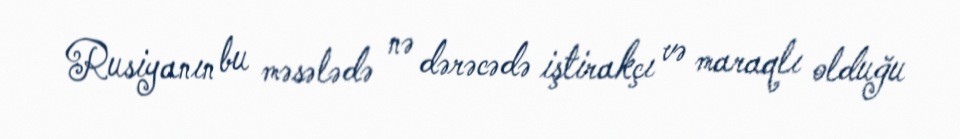
Rusiyanın bu məsələdə nə dərəcədə iştirakçı və maraqlı olduğu